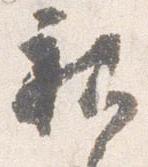
社